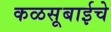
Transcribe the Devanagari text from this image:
कळसूबाईचे